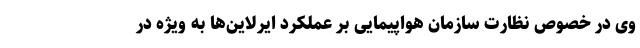
وی در خصوص نظارت سازمان هواپیمایی بر عملکرد ایرلاین‌ها به ویژه در